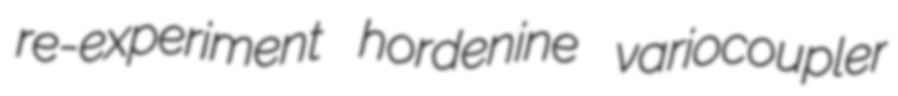
re-experiment hordenine variocoupler